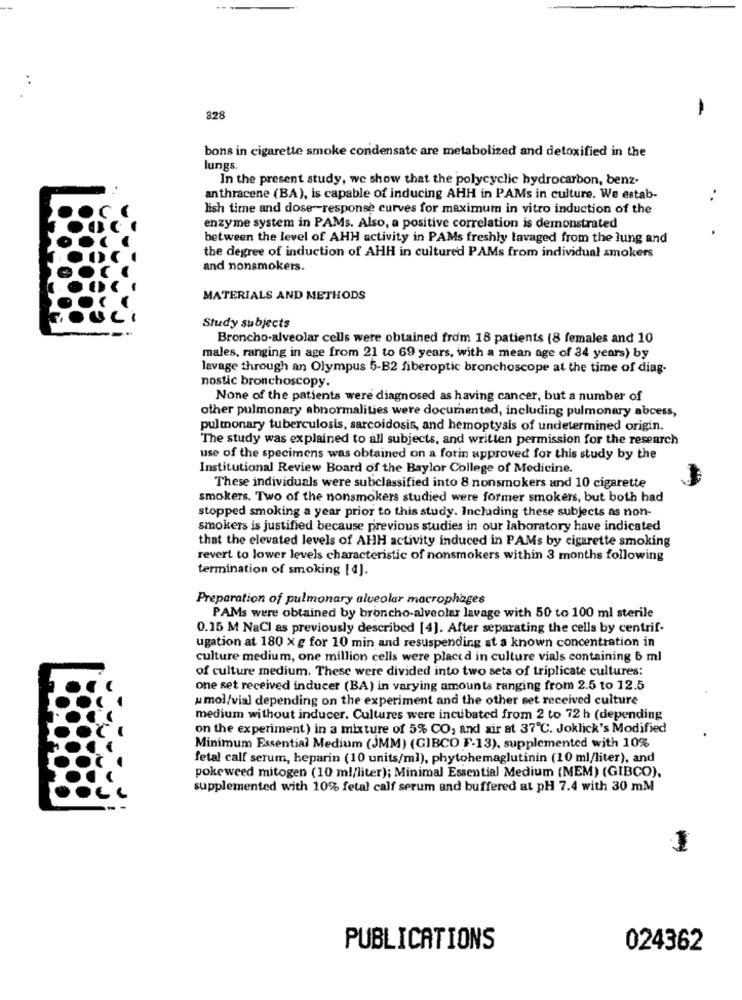
-
828
bons in cigarette smoke condensate are metabolized and detoxified in the
lungs.
In the present study, we show that the polycyclic hydrocarbon, benz-
anthracene (BA), is capable of inducing AHH in PAMs in culture. We estab-
lish time and dose response curves for maximum in vitro induction of the
enzyme system in PAMs. Also, a positive correlation is demonstrated
between the level of AHH activity in PAMs freshly lavaged from the lung and
the degree of induction of AHH in culture'd PAMs from individual smokers
and nonsmokers.
MATERIALS AND METHODS
Study subjects
Broncho-alveolar cells were obtained from 18 patients (8 females and 10
males, ranging in age from 21 to 69 years, with a mean age of 34 years) by
lavage through an Olympus 5-B2 fiberoptic bronchoscope at the time of diag-
nostic bronchoscopy.
None of the patients were diagnosed as having cancer, but a number of
other pulmonary abnormalities were documented, including pulmonary abcess,
pulmonary tuberculosis, sarcoidosis, and hemoptysis of undetermined origin.
The study was explained to all subjects, and written permission for the research
use of the specimens was obtained on a forin approved for this study by the
Institutional Review Board of the Baylor College of Medicine.
These individuals were subclassified into 8 nonsmokers and 10 cigarette
smokers. Two of the nonsmokers studied were former smokers, but both had
stopped smoking a year prior to this study. Including these subjects as non-
smokers is justified because previous studies in our laboratory have indicated
that the elevated levels of AHH activity induced in PAMs by cigarette smoking
revert to lower levels characteristic of nonsmokers within 3 months following
termination of smoking [4].
Preparation of pulmonary alveolar macrophages
PAMs were obtained by broncho-alveolar lavage with 50 to 100 ml sterile
0.15 M NaCl as previously described [4]. After separating the cells by centrif-
ugation at 180 X g for 10 min and resuspending at a known concentration in
culture medium, one million cells were placed in culture vials containing 5 ml
of culture medium. These were divided into two sets of triplicate cultures:
one set received inducer (BA) in varying amounts ranging from 2.5 to 12.5
u mol/vial depending on the experiment and the other set received culture
medium without inducer. Cultures were incubated from 2 to 72 h (depending
on the experiment) in a mixture of 5% CO, and air at 37℃. Joklick's Modified
Minimum Essential Medium (JMM) (GIBCO F-13), supplemented with 10%
fetal calf serum, heparin (10 units/ml), phytohemaglutinin (10 ml/liter), and
pokeweed mitogen (10 ml/liter); Minimal Essential Medium (MEM) (GIBCO),
supplemented with 10% fetal calf serum and buffered at pH 7.4 with 30 mM
1
PUBLICATIONS
024362